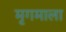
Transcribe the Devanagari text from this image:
मृगमाला